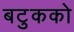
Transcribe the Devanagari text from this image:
बटुकको